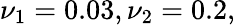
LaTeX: \nu_{1}=0.03,\nu_{2}=0.2,